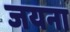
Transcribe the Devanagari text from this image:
जयना